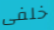
خلفى